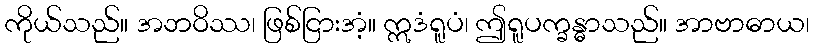
ကိုယ်သည်။ အဘဝိဿ၊ ဖြစ်ငြားအံ့။ ဣဒံရူပံ၊ ဤရူပက္ခန္ဓာသည်။ အာဗာဓာယ၊